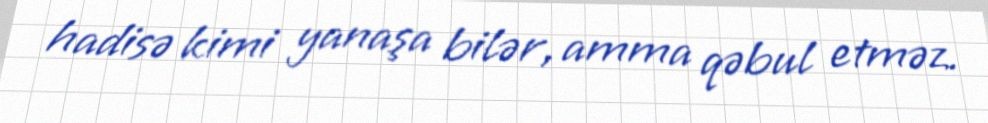
hadisə kimi yanaşa bilər, amma qəbul etməz.